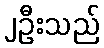
၂ဦးသည်